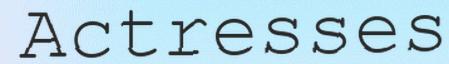
Actresses